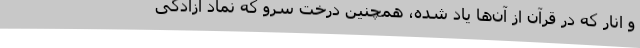
و انار که در قرآن از آن‌ها یاد شده، همچنین درخت سرو که نماد آزادگی